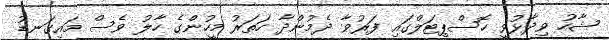
ޝާހު ވިދާޅުވީ ހޮސްޕިޓަލްގައި ފަރުވާ ދެމުންދާ ހަތަރު މީހުންގެ ހާލު ވެސް މައިގަނޑު